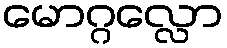
မောဂ္ဂလ္လော